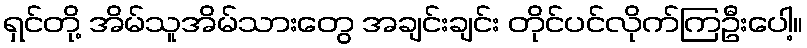
ရှင်တို့ အိမ်သူအိမ်သားတွေ အချင်းချင်း တိုင်ပင်လိုက်ကြဦးပေါ့။